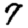
Digit: 7